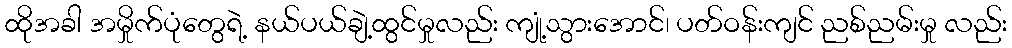
ထိုအခါ အမှိုက်ပုံတွေရဲ့ နယ်ပယ်ချဲ့ထွင်မှုလည်း ကျုံ့သွားအောင်၊ ပတ်ဝန်းကျင် ညစ်ညမ်းမှု လည်း